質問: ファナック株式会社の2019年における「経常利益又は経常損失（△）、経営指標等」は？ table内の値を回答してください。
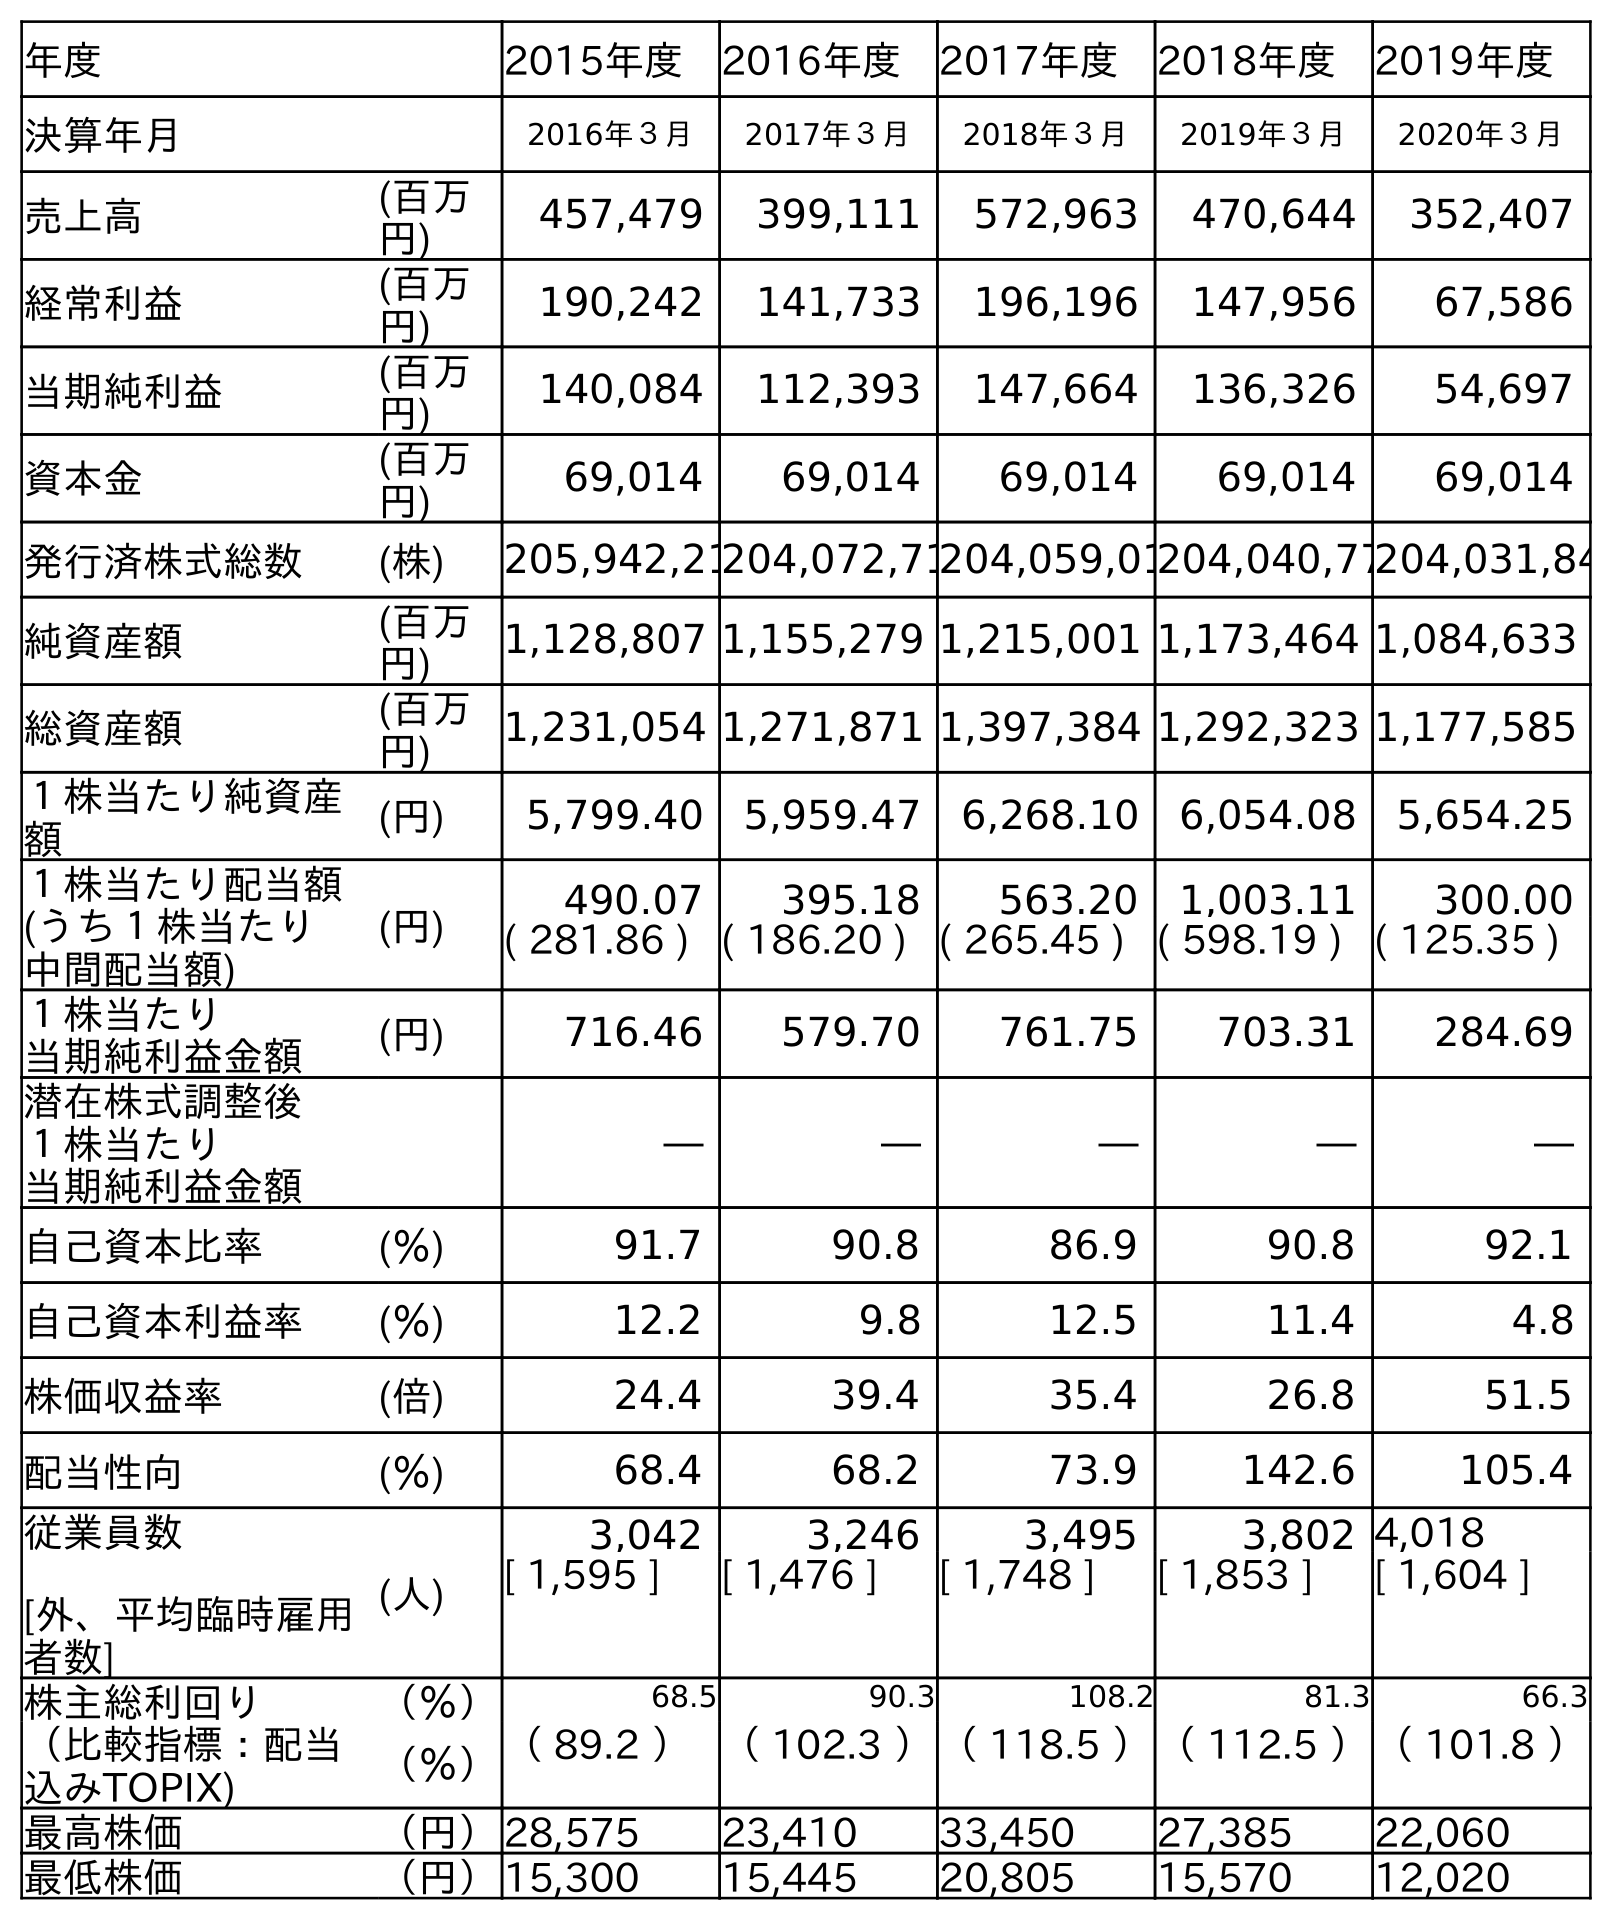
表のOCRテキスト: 年度 2015年度 2016年度 2017年度 2018年度 2019年度 決算年月 2016年３月 2017年３月 2018年３月 2019年３月 2020年３月 売上高 (百万 円) 457,479 399,111 572,963 470,644 352,407 経常利益 (百万 円) 190,242 141,733 196,196 147,956 67,586 当期純利益 (百万 円) 140,084 112,393 147,664 136,326 54,697 資本金 (百万 円) 69,014 69,014 69,014 69,014 69,014 発行済株式総数 (株) 205,942,21204,072,71204,059,01204,040,77204,031,84 純資産額 (百万 円) 1,128,807 1,155,279 1,215,001 1,173,464 1,084,633 総資産額 (百万 円) 1,231,054 1,271,871 1,397,384 1,292,323 1,177,585 １株当たり純資産 額 (円) 5,799.40 5,959.47 6,268.10 6,054.08 5,654.25 １株当たり配当額 (うち１株当たり 中間配当額) (円) 490.07 395.18 563.20 1,003.11 300.00 ( 281.86 ) ( 186.20 ) ( 265.45 ) ( 598.19 ) ( 125.35 ) １株当たり 当期純利益金額 (円) 716.46 579.70 761.75 703.31 284.69 潜在株式調整後 １株当たり 当期純利益金額 ― ― ― ― ― 自己資本比率 (％) 91.7 90.8 86.9 90.8 92.1 自己資本利益率 (％) 12.2 9.8 12.5 11.4 4.8 株価収益率 (倍) 24.4 39.4 35.4 26.8 51.5 配当性向 (％) 68.4 68.2 73.9 142.6 105.4 従業員数 [外、平均臨時雇用 者数] (人) 3,042 3,246 3,495 3,802 4,018 [ 1,595 ] [ 1,476 ] [ 1,748 ] [ 1,853 ] [ 1,604 ] 株主総利回り （％） 68.5 90.3 108.2 81.3 66.3 （比較指標：配当 込みTOPIX) （％）（ 89.2 ）（ 102.3 ）（ 118.5 ）（ 112.5 ）（ 101.8 ） 最高株価 （円）28,575 23,410 33,450 27,385 22,060 最低株価 （円）15,300 15,445 20,805 15,570 12,020
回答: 147,956